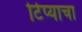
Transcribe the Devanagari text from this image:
टिप्याचा